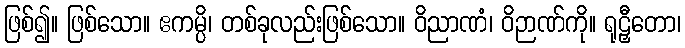
ဖြစ်၍။ ဖြစ်သော။ ဧကမ္ပိ၊ တစ်ခုလည်းဖြစ်သော။ ဝိညာဏံ၊ ဝိဉာဏ်ကို။ ရုဠှီတော၊